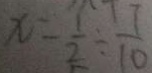
x = \frac { 1 } { 2 } \div \frac { 7 } { 1 0 }